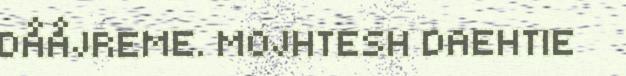
DÅÅJREME. MOJHTESH DAEHTIE